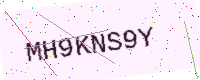
Text: MH9KNS9Y